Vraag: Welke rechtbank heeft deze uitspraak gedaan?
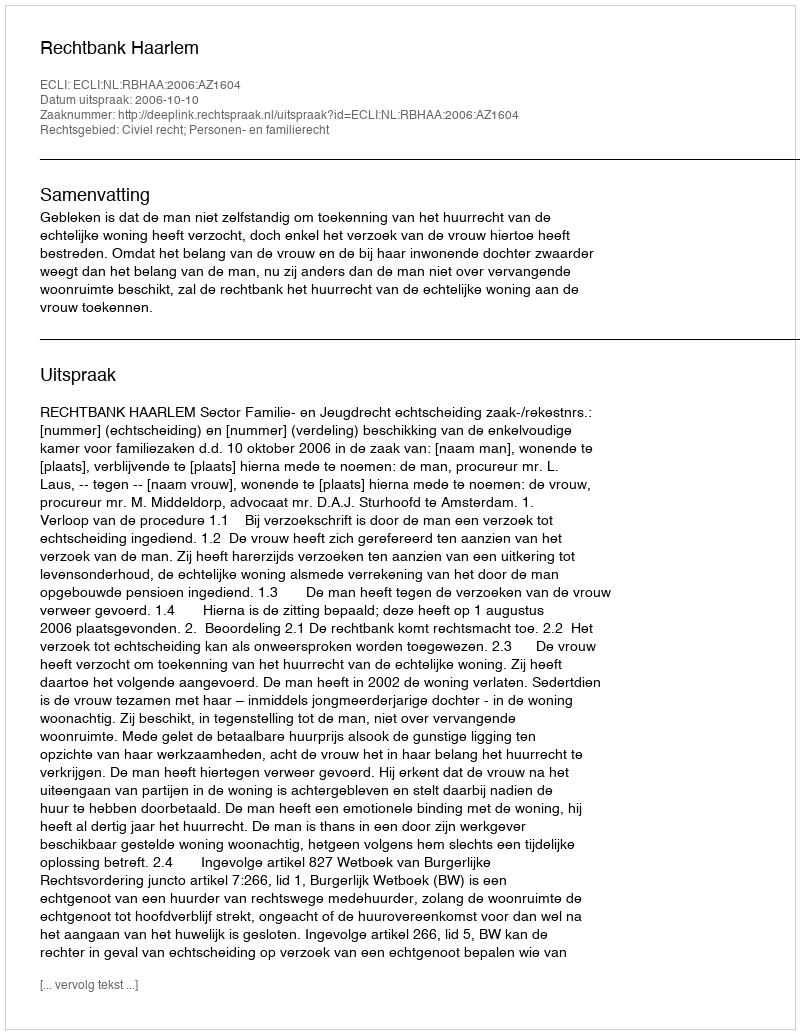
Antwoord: Rechtbank Haarlem